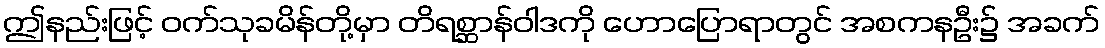
ဤနည်းဖြင့် ဝက်သုခမိန်တို့မှာ တိရစ္ဆာန်ဝါဒကို ဟောပြောရာတွင် အစကနဦး၌ အခက်